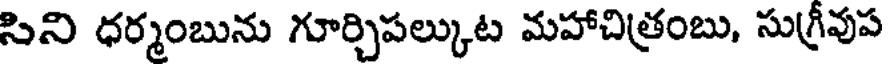
సిని ధర్మంబును గూర్చిపల్కుట మహాచిత్రంబు, సు(గ్రీవుప